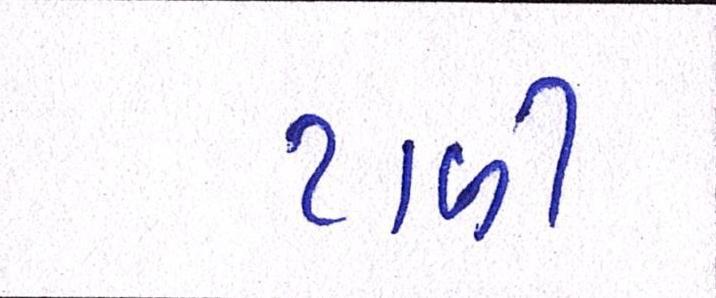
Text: ટાળી